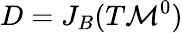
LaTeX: D=J_{B}(T\mathcal{M}^{0})